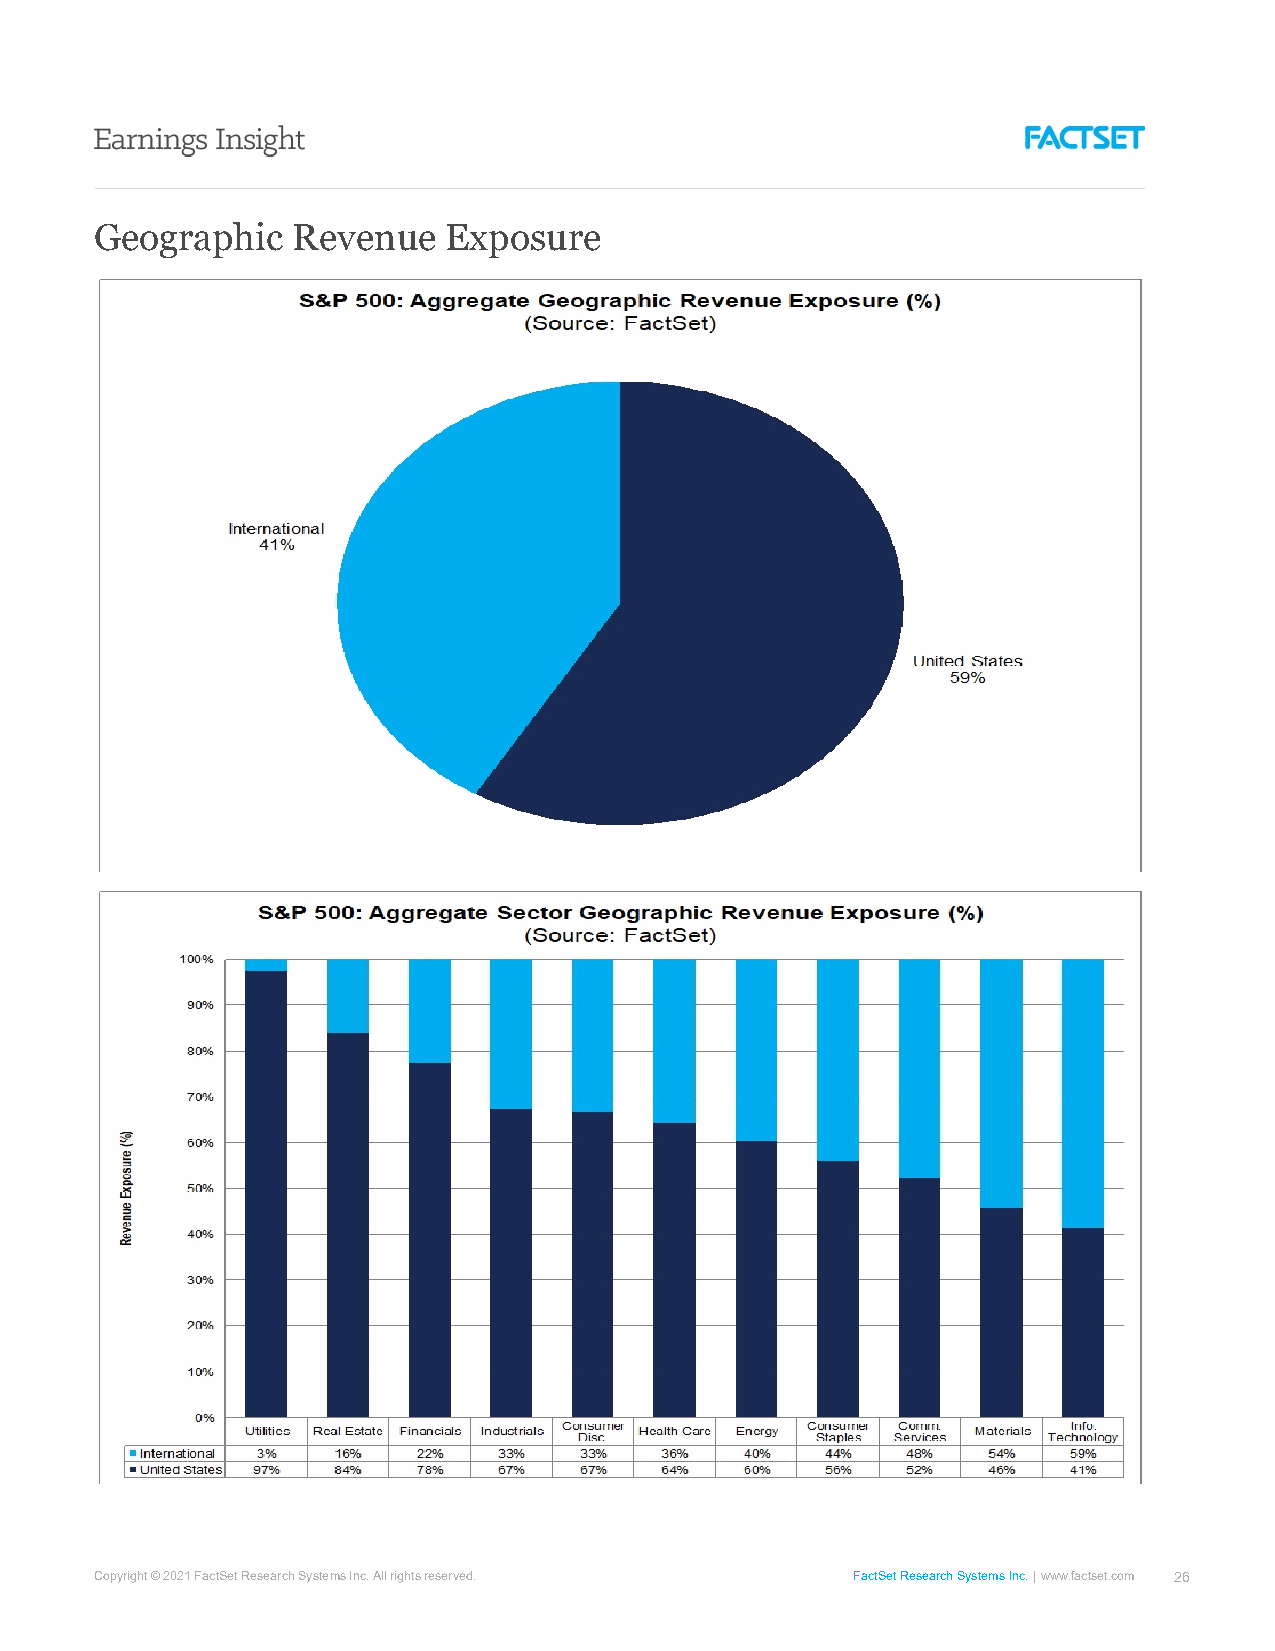
Geographic   Revenue   Exposure
 Copyright © 2021 FactSet Research Systems Inc. All rights reserved. FactSet Research Systems Inc. www.factset.com 26